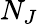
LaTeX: N_{J}